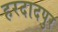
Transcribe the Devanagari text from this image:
हरदादपुर